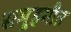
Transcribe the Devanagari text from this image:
समूहगीत